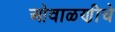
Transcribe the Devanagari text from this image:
ओवाळणीचे